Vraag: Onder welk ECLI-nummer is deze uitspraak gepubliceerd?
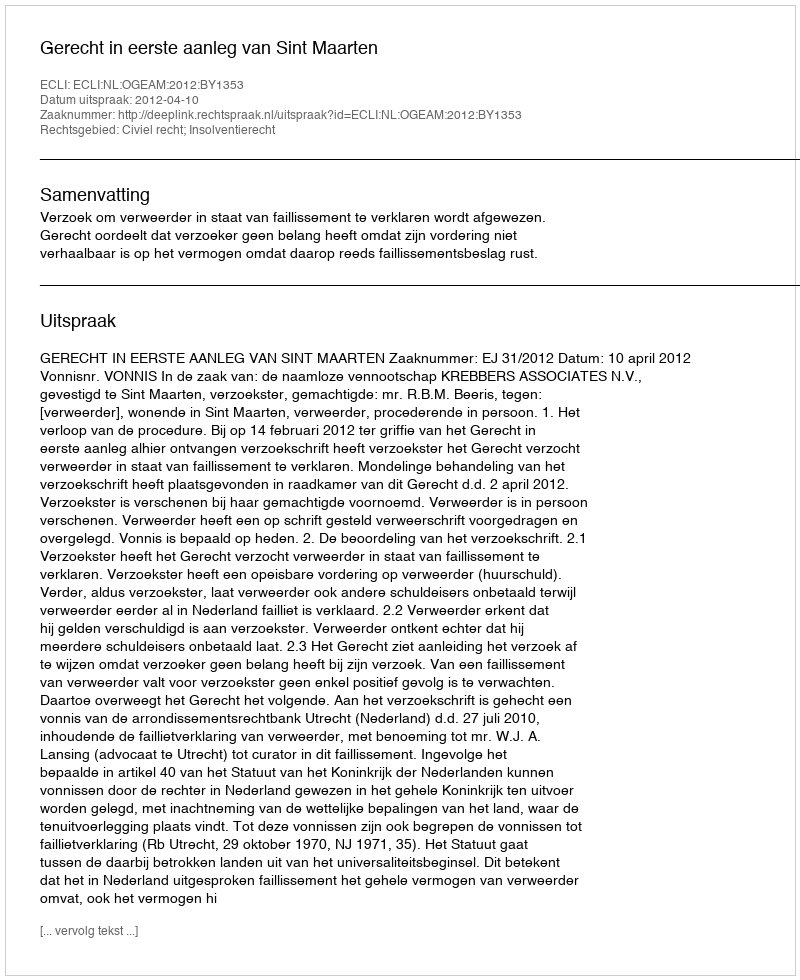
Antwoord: ECLI:NL:OGEAM:2012:BY1353